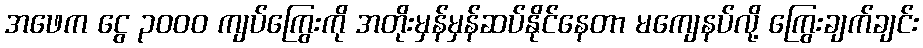
အဖေက ငွေ ၃၀၀၀ ကျပ်ကြွေးကို အတိုးမှန်မှန်ဆပ်နိုင်နေတာ မကျေနပ်လို့ ကြွေးချက်ချင်း